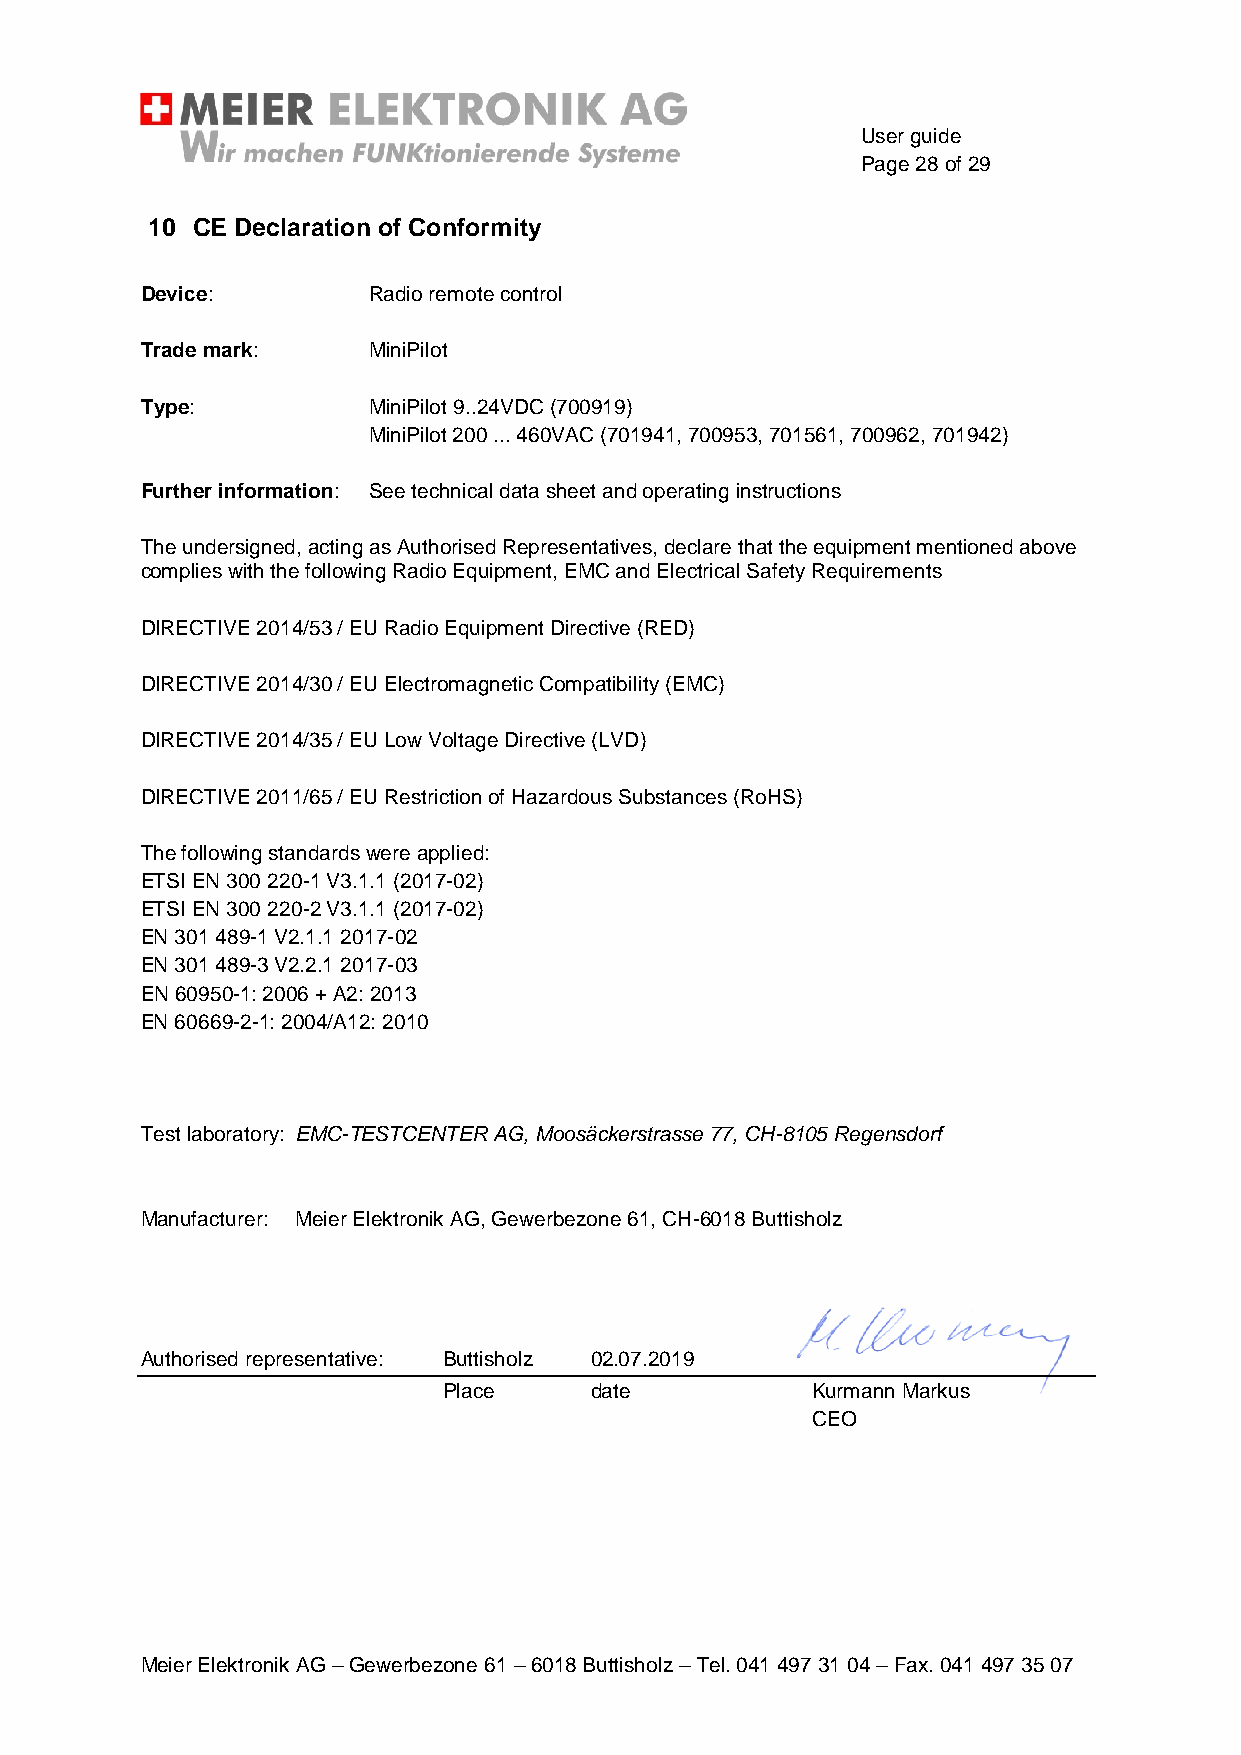
User guide
 Page 28 of 29
 10 CE Declaration of Conformity
 Device:        Radio remote control
 Trade mark:    MiniPilot
 Type:          MiniPilot 9..24VDC (700919)
 MiniPilot 200 ... 460VAC (701941, 700953, 701561, 700962, 701942)
 Further information: See technical data sheet and operating instructions
 The undersigned, acting as Authorised Representatives, declare that the equipment mentioned above
 complies with the following Radio Equipment, EMC and Electrical Safety Requirements
 DIRECTIVE 2014/53 / EU Radio Equipment Directive (RED)
 DIRECTIVE 2014/30 / EU Electromagnetic Compatibility (EMC)
 DIRECTIVE 2014/35 / EU Low Voltage Directive (LVD)
 DIRECTIVE 2011/65 / EU Restriction of Hazardous Substances (RoHS)
 The following standards were applied:
 ETSI EN 300 220-1 V3.1.1 (2017-02)
 ETSI EN 300 220-2 V3.1.1 (2017-02)
 EN 301 489-1 V2.1.1 2017-02
 EN 301 489-3 V2.2.1 2017-03
 EN 60950-1: 2006 + A2: 2013
 EN 60669-2-1: 2004/A12: 2010
 Test laboratory: EMC-TESTCENTER AG, Moosäckerstrasse 77, CH-8105 Regensdorf
 Manufacturer: Meier Elektronik AG, Gewerbezone 61, CH-6018 Buttisholz
 Authorised representative: Buttisholz 02.07.2019
 Place     date           Kurmann Markus
 CEO
 Meier Elektronik AG – Gewerbezone 61 – 6018 Buttisholz – Tel. 041 497 31 04 – Fax. 041 497 35 07